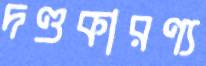
দণ্ডকারণ্য